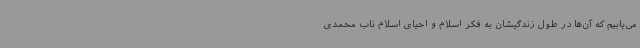
می‌یابیم که آن‌ها در طول زندگیشان به فکر اسلام و احیای اسلام ناب محمدی